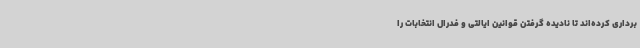
برداری کرده‌اند تا نادیده گرفتن قوانین ایالتی و فدرال انتخابات را